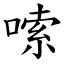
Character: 嗦